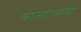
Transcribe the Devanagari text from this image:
कोज्लोव्सकी